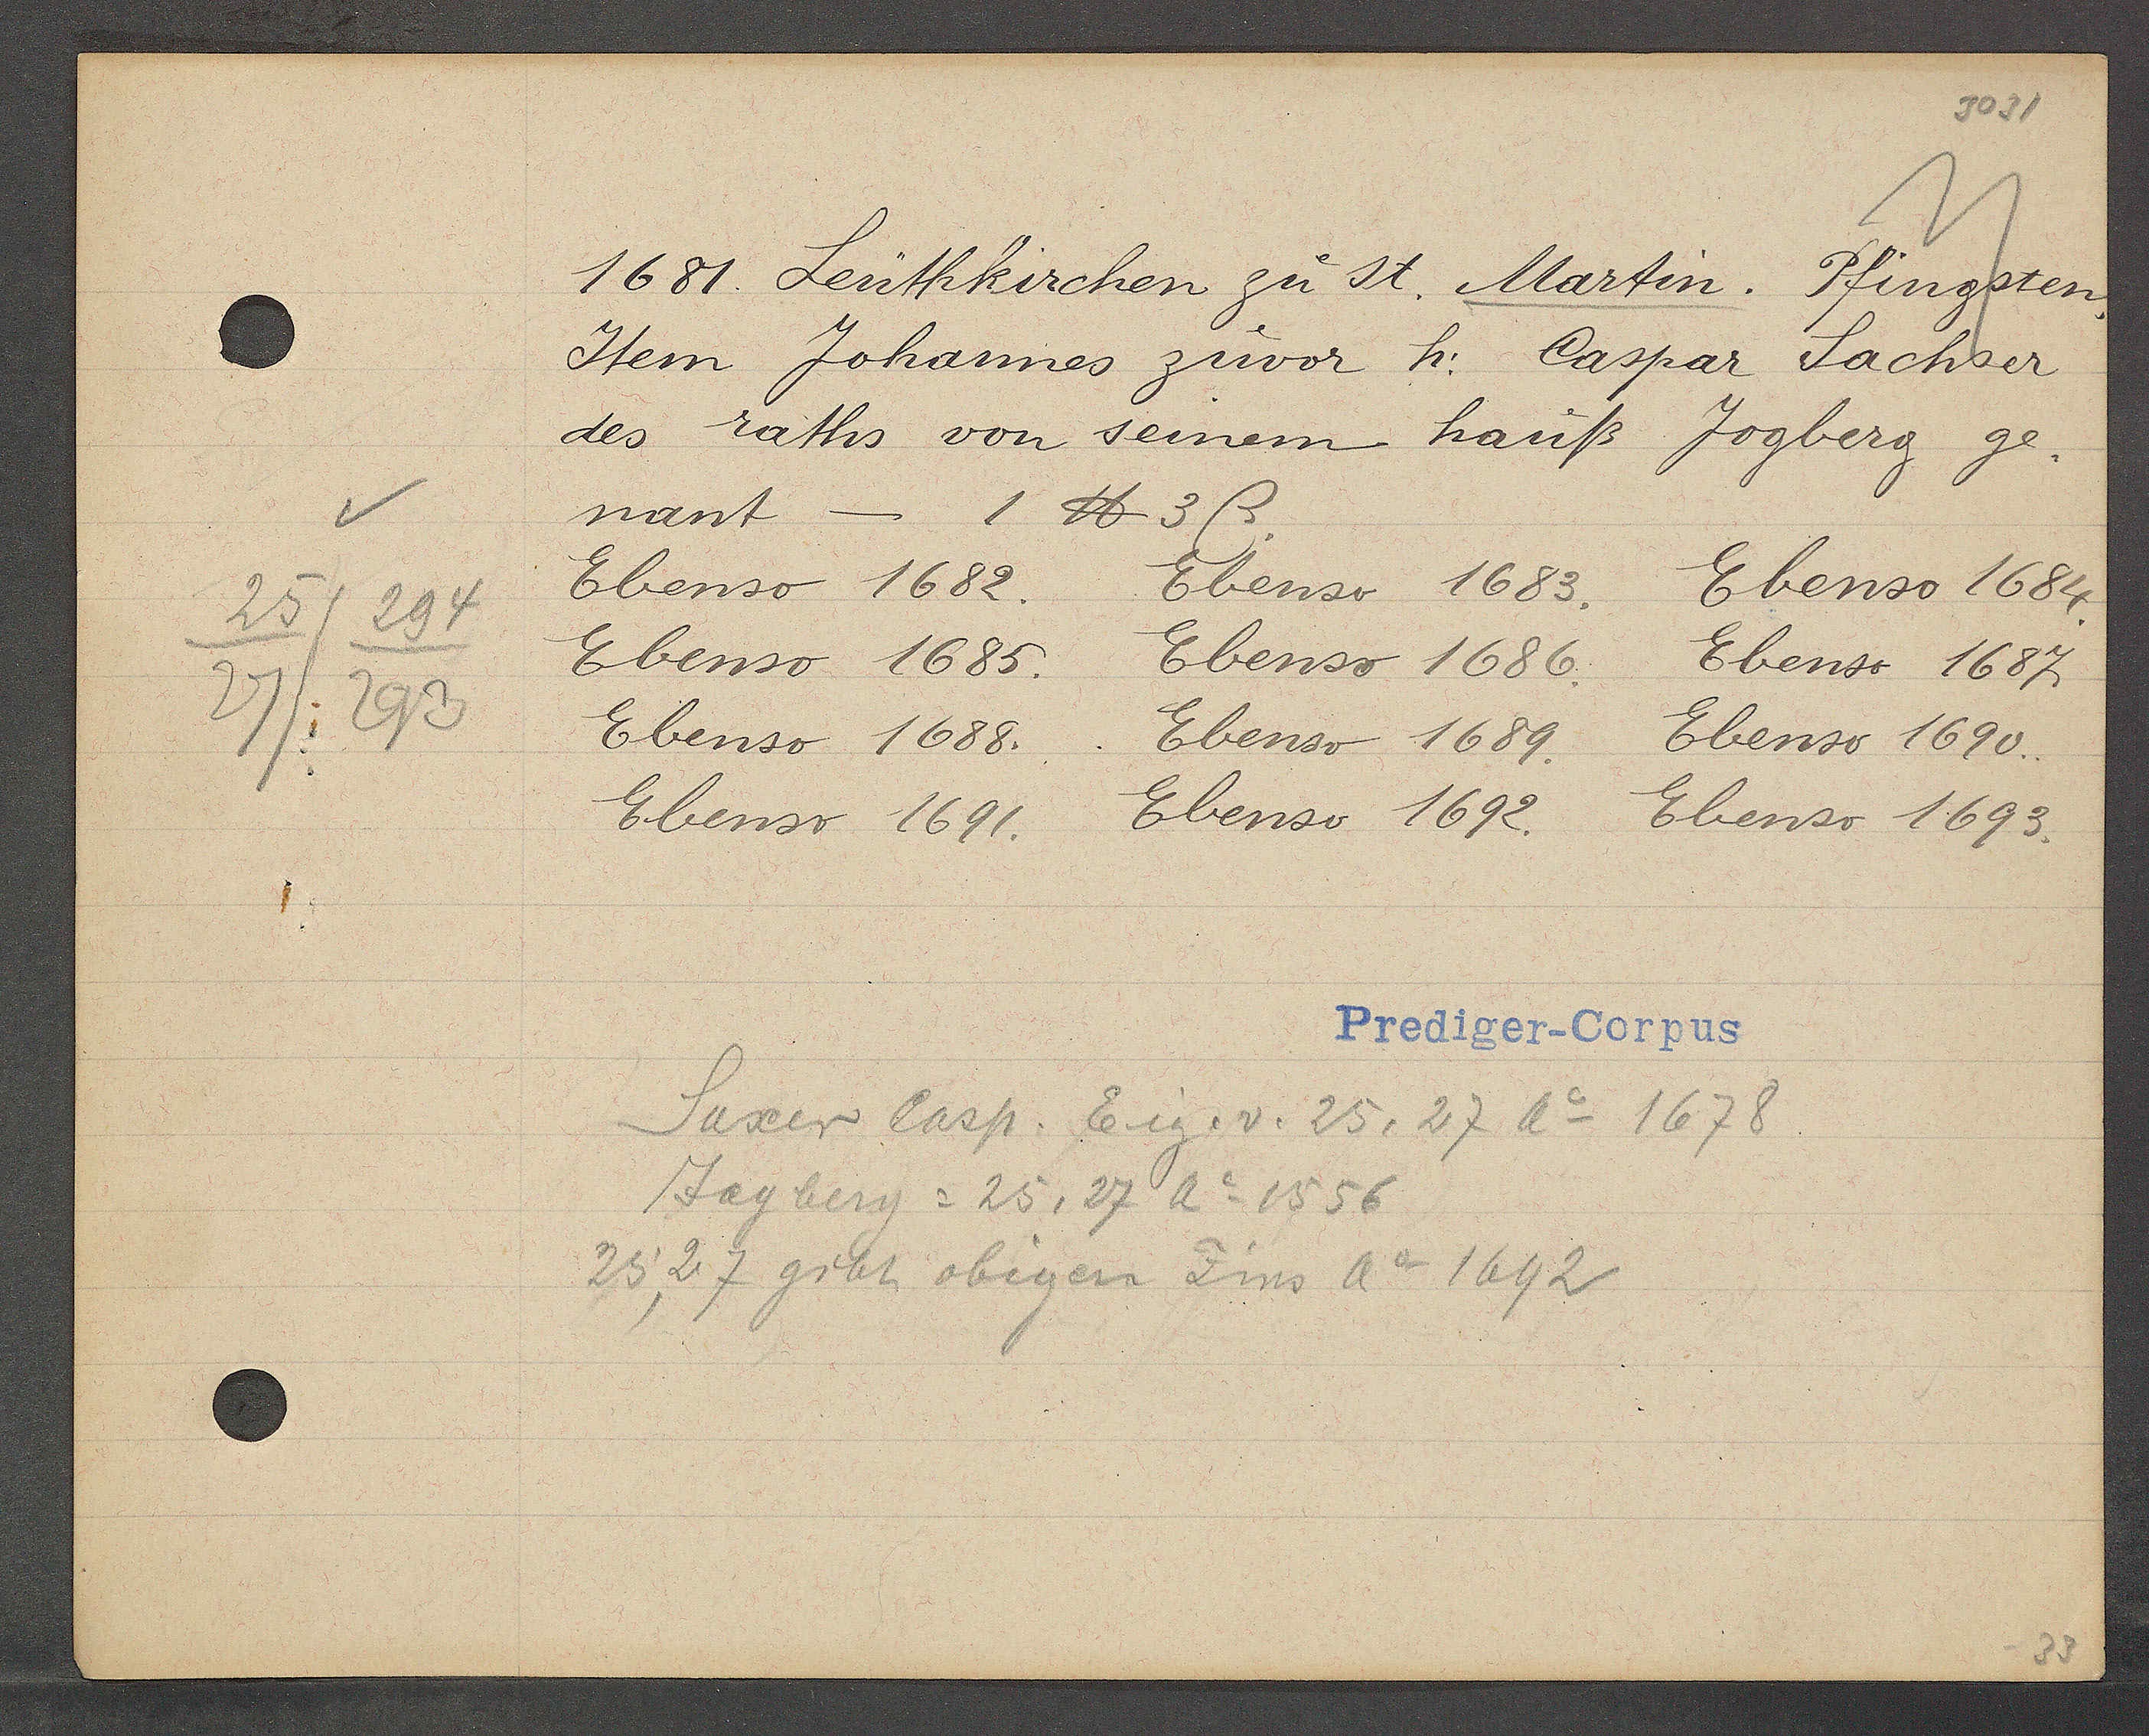
Transcript:
25/294
27/293

1681. Leutkirchen zu st. Martin. Pfingsten,

Item Johannes zuvor h: Caspar Sachser
des raths von seinem hauß Jogberg ge-
nant
- 1 ℔ 3ß.
Ebenso 1682.
Ebenso 1683.
Ebenso 1684.
Ebenso 1685.
Ebenso 1686.
Ebenso 1687
Ebenso 1688.
Ebenso 1689.
Ebenso 1690.
Ebenso 1691.
Ebenso 1692.
Ebenso 1693.

Prediger-Corpus

Saxer Casp. Eig. v. 25, 27 Ao 1678
Jagberg = 25, 27 Ao 1556
25, 27 gibt obigen Zins Ao 1692